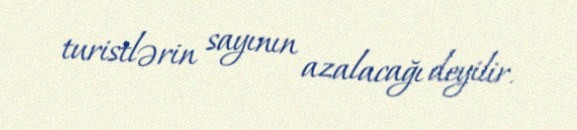
turistlərin sayının azalacağı deyilir.